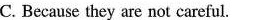
C. Because they are not careful.